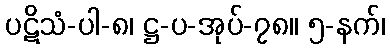
ပဋိသံ-ပါ-၈၊ ဋ္ဌ-ပ-အုပ်-၇၈။ ၅-နက်၊